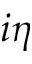
i \eta